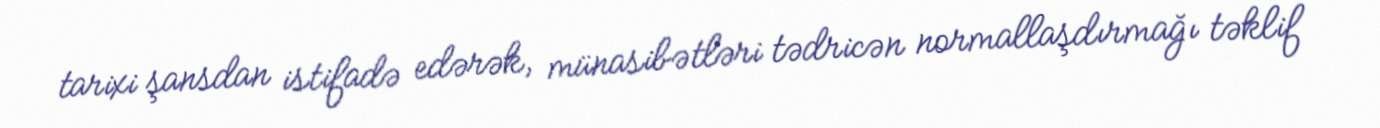
tarixi şansdan istifadə edərək, münasibətləri tədricən normallaşdırmağı təklif